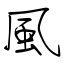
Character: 風